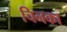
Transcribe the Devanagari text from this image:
चिनका